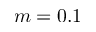
m = 0 . 1